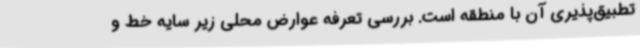
تطبیق‌پذیری آن با منطقه است. بررسی تعرفه عوارض محلی زیر سایه خط و